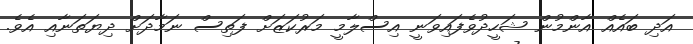
އަދި ބައެއް އާންމުން ޝަހީދުވެފައިވަނީ އިސްލާމީ މަރުކަޒަށް ފަތިސް ނަމާދަށް ދިޔަތަނާއި އެވެ.